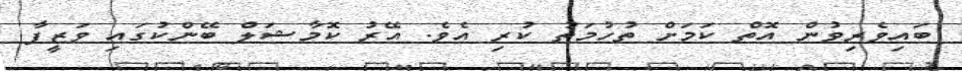
ބައިވެރިވުން އޮތް ކަމަށް ތުހުމަތު ކުރި އެވެ. އޭރު ކޮމާޝަލް ބޭންކުގައި ވަޒީފާ